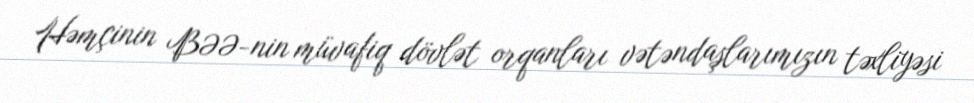
Həmçinin BƏƏ-nin müvafiq dövlət orqanları vətəndaşlarımızın təxliyəsi